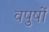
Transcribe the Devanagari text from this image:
वपुषों